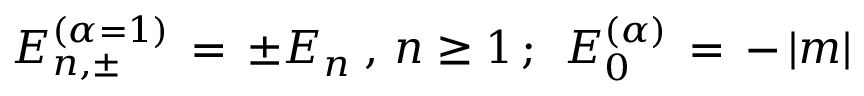
E _ { n , \pm } ^ { ( \alpha = 1 ) } \, = \, \pm E _ { n } \; , \, n \geq 1 \, ; \; \, E _ { 0 } ^ { ( \alpha ) } \, = \, - \, | m |